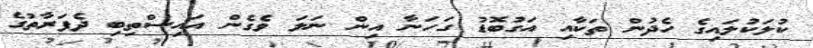
ކުލަކުލައިގެ ހެދުން ތަކާއި އަގުބޮޑު ގަހަނާ އިން ނަލަ ވެގެން އައިސްތިބި ދެފަރާތުގެ